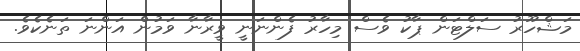
މަޝްހޫރު ސަލްޓަން ޕާކު ވެސް މިހާރު ފެންނަނީ ވީރާނާ ވަމުން އަންނަ ތަނެކެވެ.